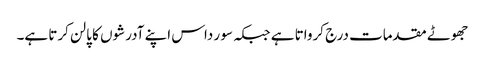
جھوٹے مقدمات درج کرواتا ہے جبکہ سو ر داس اپنے آدرشوں کا پالن کرتا ہے۔